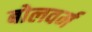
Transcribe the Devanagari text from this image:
बोलवर्म